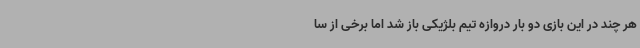
هر چند در این بازی دو بار دروازه تیم بلژیکی باز شد اما برخی از سا